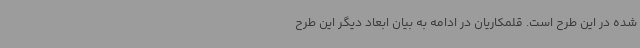
شده در این طرح است. قلمکاریان در ادامه به بیان ابعاد دیگر این طرح